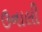
ઉનાલી